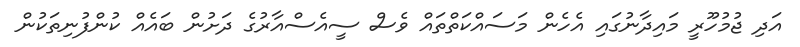
އަދި ޖުމުހޫރީ މައިދާނުގައި އެހެން މަސައްކަތްތައް ވެސް ސީއެސްއާރުގެ ދަށުން ބައެއް ކުންފުނިތަކުން